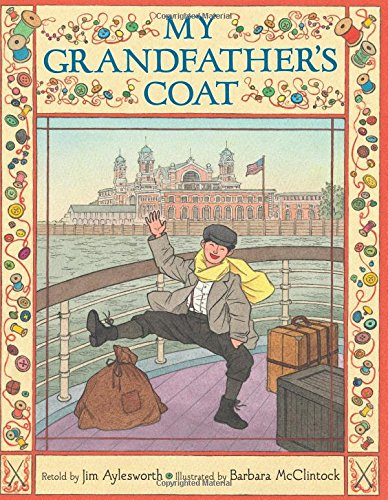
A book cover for My Grandfather's Coat; Jim Aylesworth; Children's Books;